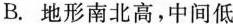
B. 地形南北高，中间低